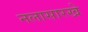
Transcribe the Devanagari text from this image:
नलासारखे